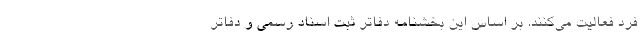
فرد فعالیت می‌کنند. بر اساس این بخشنامه دفاتر ثبت اسناد رسمی و دفاتر